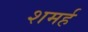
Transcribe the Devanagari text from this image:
शमर्ह